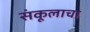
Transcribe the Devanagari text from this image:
संकूलाचा